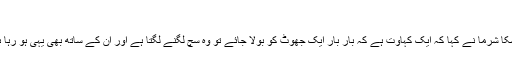
‘
انوشکا شرما نے کہا کہ ایک کہاوت ہے کہ بار بار ایک جھوٹ کو بولا جائے تو وہ سچ لگنے لگتا ہے اور ان کے ساتھ بھی یہی ہو رہا ہے۔